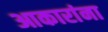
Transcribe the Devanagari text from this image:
आकारांना